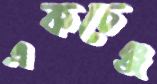
একচেঞ্জ